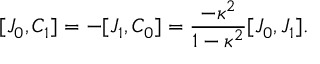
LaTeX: [ J _ { 0 } , C _ { 1 } ] = - [ J _ { 1 } , C _ { 0 } ] = { \frac { - \kappa ^ { 2 } } { 1 - \kappa ^ { 2 } } } [ J _ { 0 } , J _ { 1 } ] .